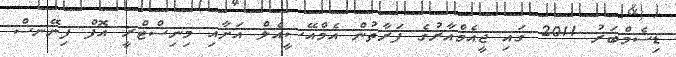
ޑިސެމްބަރު 2011 ގައި ޖީއެމްއާރުގެ ފަރާތުން އެމްއޭސީއެލް އަށާއި މިނިސްޓްރީ އޮފް ފިނޭނސް